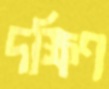
দক্ষিণ